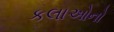
કલાઓનો